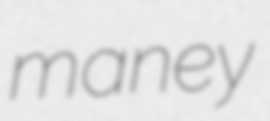
maney